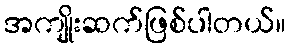
အကျိုးဆက်ဖြစ်ပါတယ်။